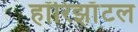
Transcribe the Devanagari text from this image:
हॉरिझाँटल